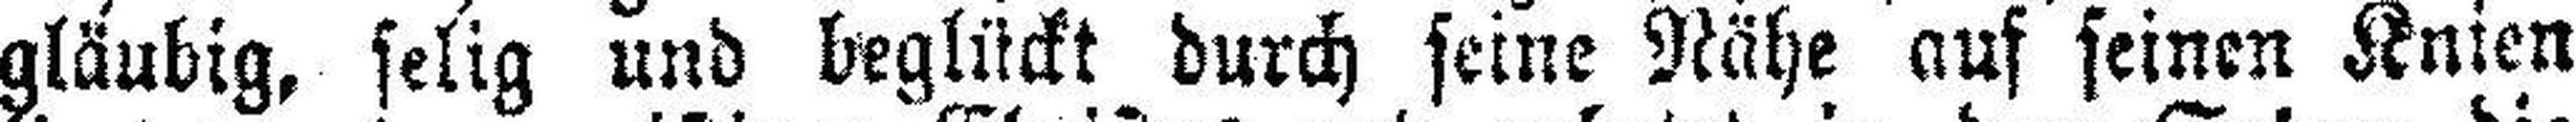
gläubig, selig und beglückt durch seine Nähe auf seinen Knien